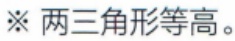
※ 两三角形等高。